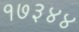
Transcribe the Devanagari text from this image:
१७३४४